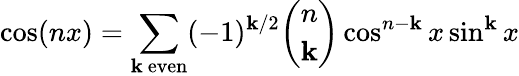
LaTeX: \cos(nx)=\sum_{\mathbf{k}{\mathrm{{~even}}}}(-1)^{\mathbf{k}/2}{\binom{n}{\mathbf{k}}}\cos^{n-\mathbf{k}}x\sin^{\mathbf{k}}x